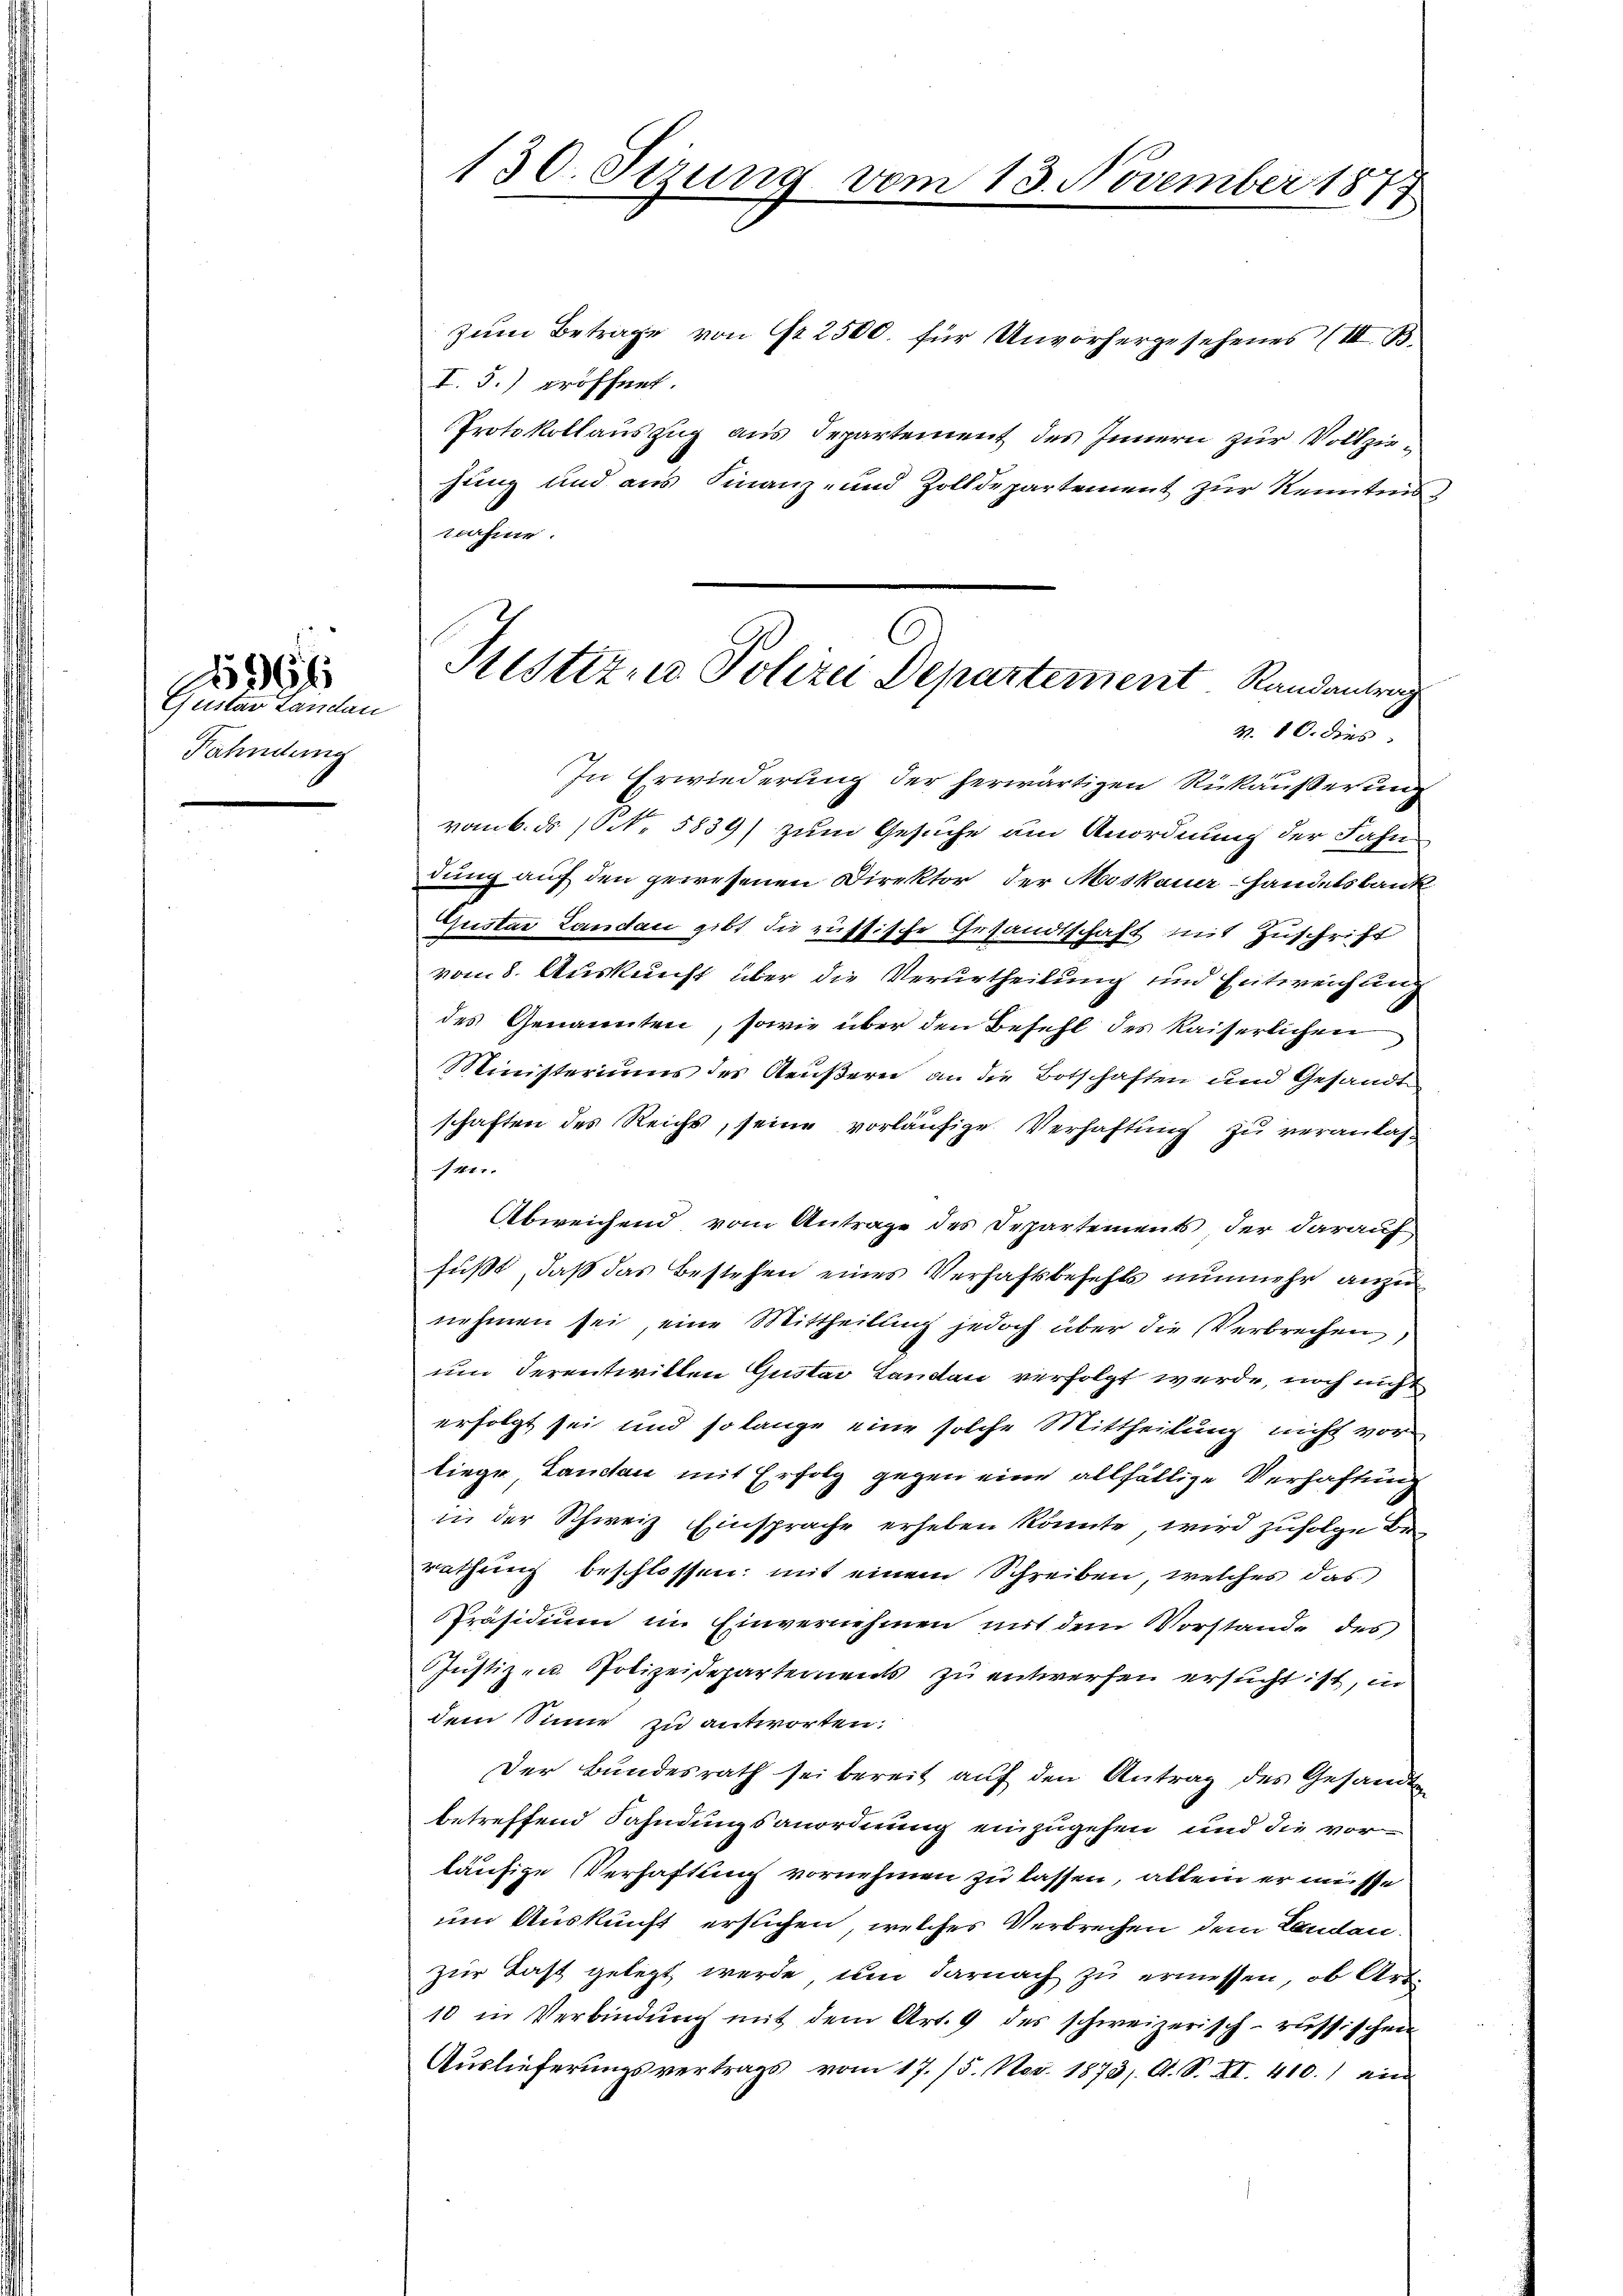
Gustav Landau
Fahndung

No 266

130. Sizung von

zŭm Betrage von § 2500. für Unvorhergesehenes (III. B.
I. 5.) eröffnet.
Protokollauszug aus Departement des Innern zur Vollziehung und aus Finanz- und Zolldepartement zur Kenntnis
nahme.

13. November 1879

v. 10. dies
In Erwiederung der herwärtigen Rückäußerung
vom 6. ds 10 No 5839) zum Gesuche am Anordnung der Fahn
dung auf den gewesenen Direktor der Moskauer-Handelsbank
Gustav Landau gibt die russische Gesandtschaft mit Zuschrift
vom 8. Auskunft über die Verurtheilung und Entweichung
des Genannten, sowie über den Befehl des Kaiserlichen
Ministeriums des Aeußern an die Botschaften und Gesandt
schaften des Reichs, seine vorläufige Verhaftung zu veranlas¬
111.
Abweichend vom Antrage des Departements, der darauf
füßt, daß das Bestehen eines Verhaftsbefehls nunmehr anzu
nehmen sei, eine Mittheilung jedoch über die Verbrechen,
um Serenteillen Gustav Landau verfolgt werde, noch nicht
erfolgt sei und so lange eine solche Mittheilung nicht vor
liege Landau mit Erfolg gegen eine allfällige Verhaftung
in der Schweiz Einsprache erheben könnte, wird zufolge Berathung beschlossen: mit einem Schreiben, welches das
Präsidium im Einvernehmen mit dem Vorstande des
Justiz- u. Polizeidepartements zu entwerfen ersucht ist, in
dem Sinne zu antworten.
Der Bundesrath sei bereit auf den Antrag des Gesandte
betreffend Fahndungsanordnung einzugehen und die vor-
läufige Verhaftung vornehmen zu lassen, allein er müsse
um Auskunft ersuchen, welches Verbrechen dem Landanzur Last gelegt werde, um darnach zu ermessen, ob Art.
10 in Verbindung mit dem Art. 9 des schweizerisch-russischen
Auslieferungsvertrags vom 17. 15. Nov. 18731. A. S. XI. 410.) ein

Sistizri Polizei Departement Randantrag